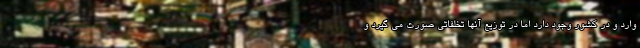
وارد و در کشور وجود دارد اما در توزیع آنها تخلفاتی صورت می گیرد و